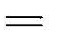
=